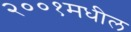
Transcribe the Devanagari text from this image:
२००१मधील